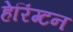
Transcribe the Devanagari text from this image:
हेरिंग्टन